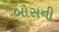
બોસની